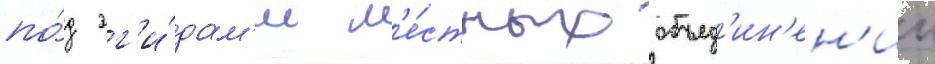
по́д эг'и́дам'и м'е́стных объед'ин'ен'ии